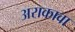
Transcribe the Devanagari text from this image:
अराकावा